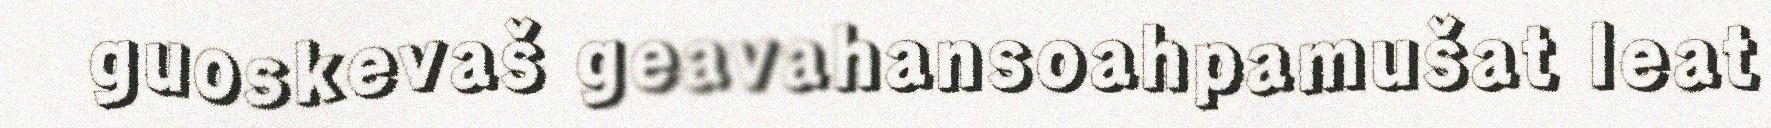
guoskevaš geavahansoahpamušat leat